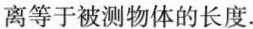
离等于被测物体的长度.